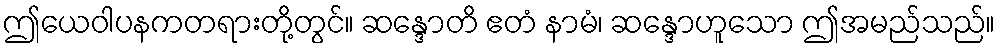
ဤယေဝါပနကတရားတို့တွင်။ ဆန္ဒောတိ ဧတံ နာမံ၊ ဆန္ဒောဟူသော ဤအမည်သည်။